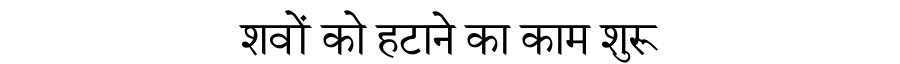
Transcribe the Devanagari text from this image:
शवों को हटाने का काम शुरू